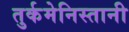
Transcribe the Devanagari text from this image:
तुर्कमेनिस्तानी